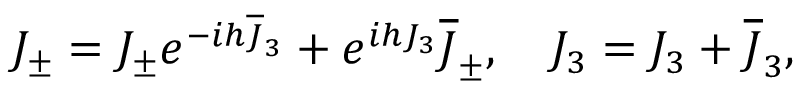
{ \cal J } _ { \pm } = J _ { \pm } e ^ { - i h { \overline { { J } } } _ { 3 } } + e ^ { i h J _ { 3 } } { \overline { { J } } } _ { \pm } , \quad { \cal J } _ { 3 } = J _ { 3 } + { \overline { { J } } } _ { 3 } ,